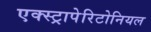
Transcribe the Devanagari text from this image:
एक्स्ट्रापेरिटोनियल